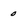
Character: o